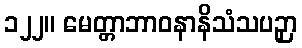
၁၂၂။ မေတ္တာဘာဝနာနိသံသပဉှာ